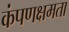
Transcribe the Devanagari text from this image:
कंपणक्षमता